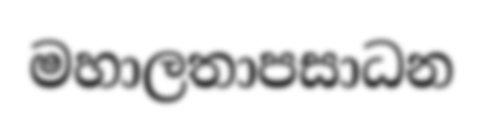
මහාලතාපසාධන